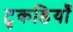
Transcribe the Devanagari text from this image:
टुकडियाँ